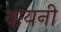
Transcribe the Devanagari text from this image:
वायनी